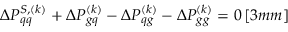
\Delta P _ { q q } ^ { S , ( k ) } + \Delta P _ { g q } ^ { ( k ) } - \Delta P _ { q g } ^ { ( k ) } - \Delta P _ { g g } ^ { ( k ) } = 0 \, [ 3 m m ]